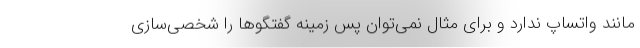
مانند واتساپ ندارد و برای مثال نمی‌توان پس زمینه گفتگوها را شخصی‌سازی